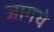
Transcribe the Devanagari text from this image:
जागचे